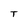
Character: T